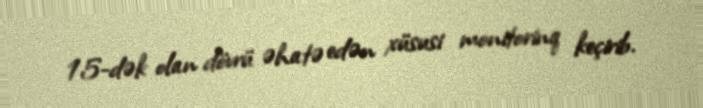
15-dək olan dövrü əhatə edən xüsusi monitorinq keçirib.